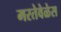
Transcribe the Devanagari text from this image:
मरतेवेळेस